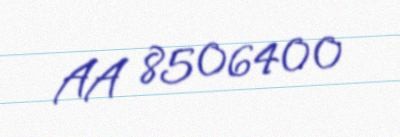
AA 8506400